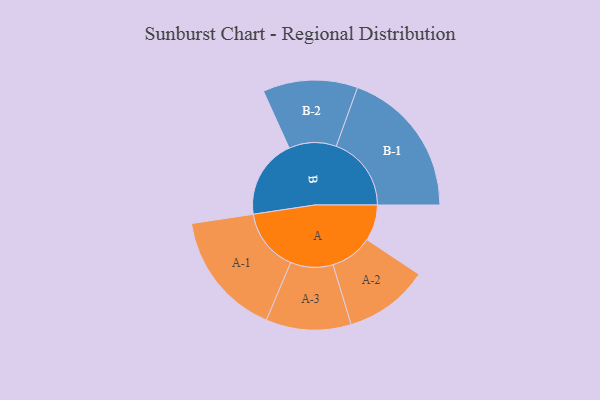
{"axis": {"x": "Segment", "y": "Value"}, "legend": ["", "A", "B"], "data": [{"x": "A", "y": 134, "type": ""}, {"x": "B", "y": 295, "type": ""}, {"x": "A-1", "y": 233, "type": "A"}, {"x": "A-2", "y": 157, "type": "A"}, {"x": "A-3", "y": 158, "type": "A"}, {"x": "B-1", "y": 279, "type": "B"}, {"x": "B-2", "y": 176, "type": "B"}]}